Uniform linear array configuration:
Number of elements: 8
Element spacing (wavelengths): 0.75
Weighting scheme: hamming
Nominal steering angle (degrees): -30
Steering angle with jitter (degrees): -29.135
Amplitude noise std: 0.05
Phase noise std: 0.05

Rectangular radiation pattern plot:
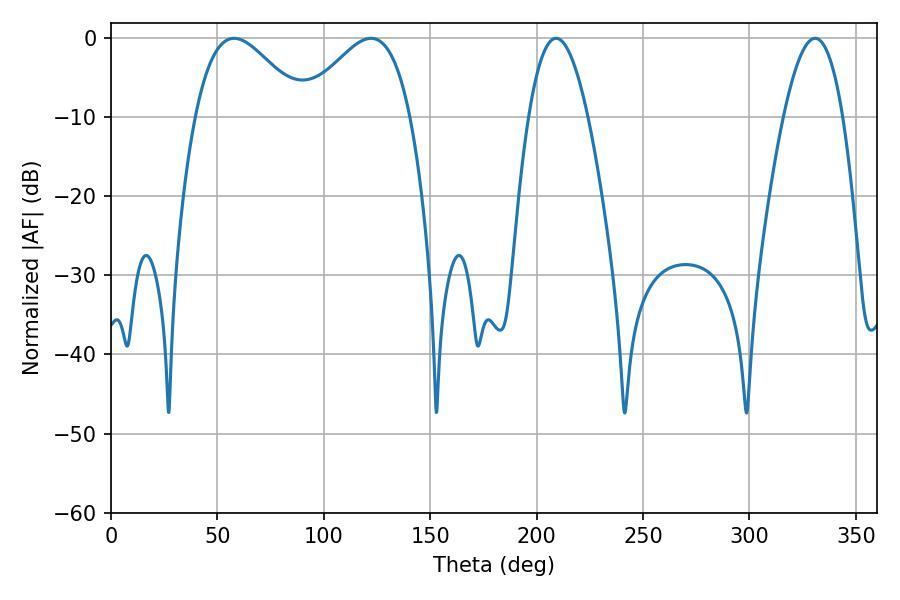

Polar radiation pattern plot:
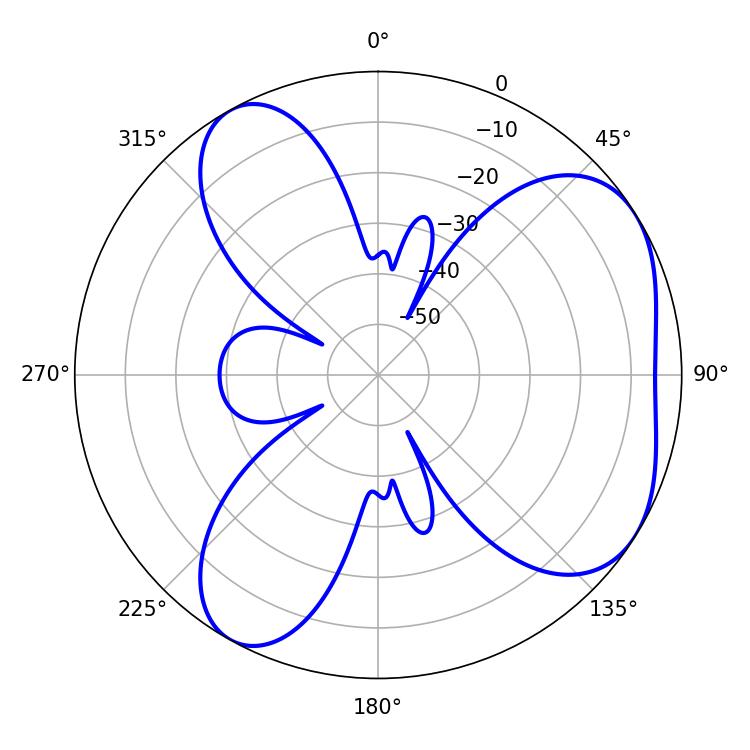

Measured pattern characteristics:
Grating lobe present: TRUE
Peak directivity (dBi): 5.048
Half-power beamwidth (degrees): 15.3
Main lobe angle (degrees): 209.16